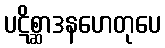
ပဋိစ္ဆာဒနဟေတုပေ